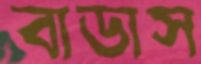
বাডাস